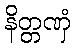
နိတ္တဏှံ